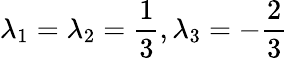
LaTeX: \lambda_{1}=\lambda_{2}=\frac{1}{3},\lambda_{3}=-\frac{2}{3}